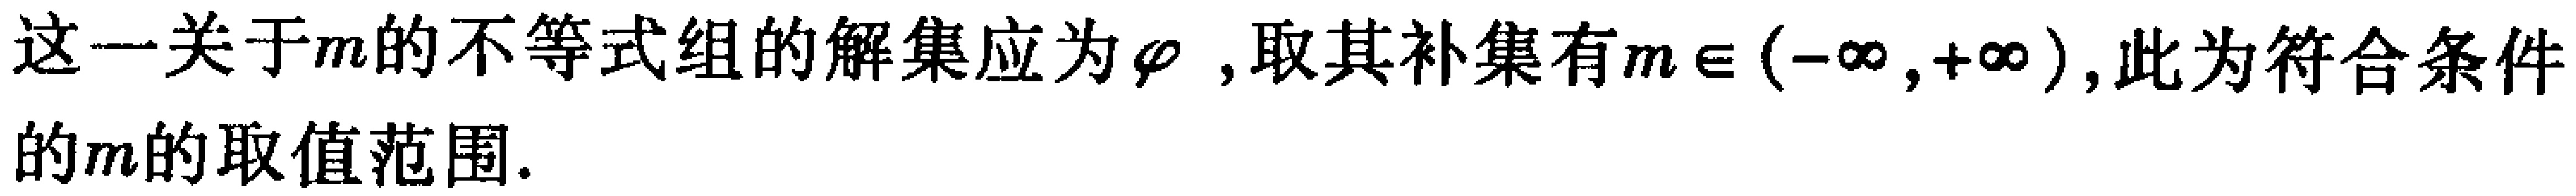
这一关于\(m\)的不等式组的解集应为\(\varnothing\)，取其补集有\(m\in(-\infty,+\infty)\)，此为符合条件的\(m\)的取值范围.